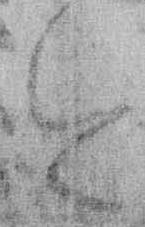
今